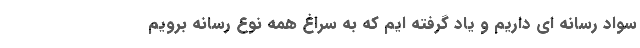
سواد رسانه ای داریم و یاد گرفته ایم که به سراغ همه نوع رسانه برویم